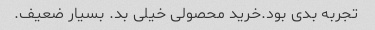
تجربه بدی بود.خرید محصولی خیلی بد. بسیار ضعیف.